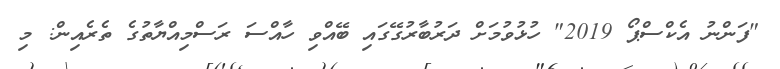
"ފަންނު އެކްސްޕޯ 2019" ހުޅުވުމަށް ދަރުބާރުގޭގައި ބޭއްވި ހާއްސަ ރަސްމިއްޔާތުގެ ތެރެއިން: މި